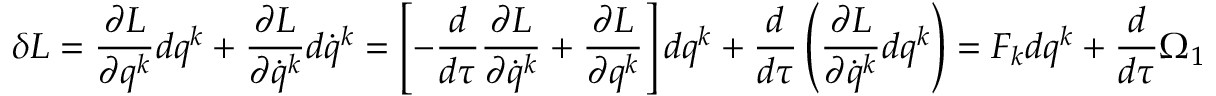
\delta L = \frac { \partial L } { \partial q ^ { k } } d q ^ { k } + \frac { \partial L } { \partial \dot { q } ^ { k } } d \dot { q } ^ { k } = \left[ - \frac { d } { d \tau } \frac { \partial L } { \partial \dot { q } ^ { k } } + \frac { \partial L } { \partial q ^ { k } } \right] d q ^ { k } + \frac { d } { d \tau } \left( \frac { \partial L } { \partial \dot { q } ^ { k } } d q ^ { k } \right) = F _ { k } d q ^ { k } + \frac { d } { d \tau } \Omega _ { 1 }